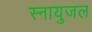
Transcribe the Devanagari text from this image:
स्नायुजल